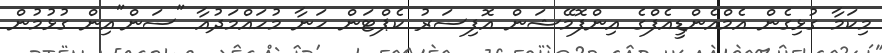
މިކަމާ ގުޅިގެން އެމްއެންޑީއެފްގެ އިންފޮމޭޝަން އޮފިސަރު ކެޕްޓަން ހަނާ މުހައްމަދުއާ "ސަން"އިން ގުޅުމުން